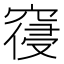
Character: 𮄊